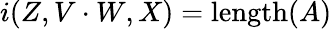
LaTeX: i(Z,V\cdot W,X)=\operatorname{length}(A)